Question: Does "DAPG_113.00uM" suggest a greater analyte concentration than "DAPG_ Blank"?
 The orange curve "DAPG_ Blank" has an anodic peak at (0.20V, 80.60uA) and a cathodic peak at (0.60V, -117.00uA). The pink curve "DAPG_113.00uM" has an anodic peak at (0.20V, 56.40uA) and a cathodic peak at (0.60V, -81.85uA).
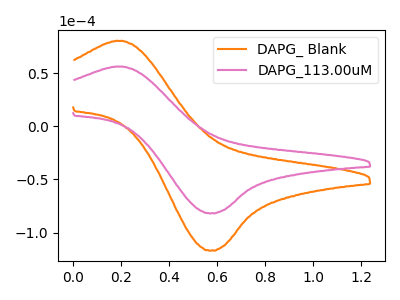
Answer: <think>All the peaks in "DAPG_113.00uM" have a peak in "DAPG_ Blank" at the same potential. Every peak in "DAPG_113.00uM" is lower than every peak in "DAPG_ Blank".
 </think>
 <answer>"DAPG_113.00uM" has less signal than "DAPG_ Blank".</answer>
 <eval>less_signal</eval>